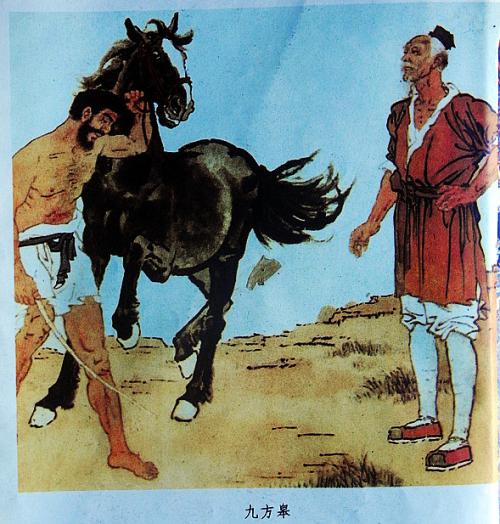
世有伯乐，然后有千里马。千里马常有，而伯乐不常有。